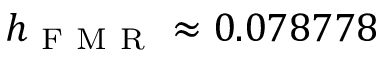
h _ { \mathrm { ~ F ~ M ~ R ~ } } \approx 0 . 0 7 8 7 7 8